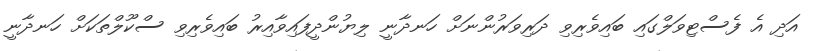
އަދި އެ ފެސްޓިވަލްގައި ބައިވެރިވި ދަރިވަރުންނަށް ހަނދާނީ ލިޔުންދީފައިވާއިރު ބައިވެރިވި ސްކޫލްތަކަށް ހަނދާނީ